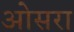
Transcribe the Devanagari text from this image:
ओसरा